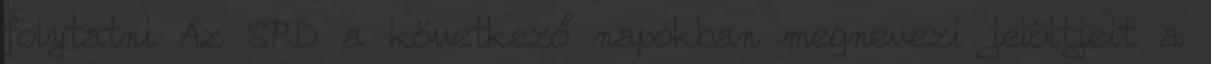
folytatni Az SPD a következő napokban megnevezi jelöltjeit a